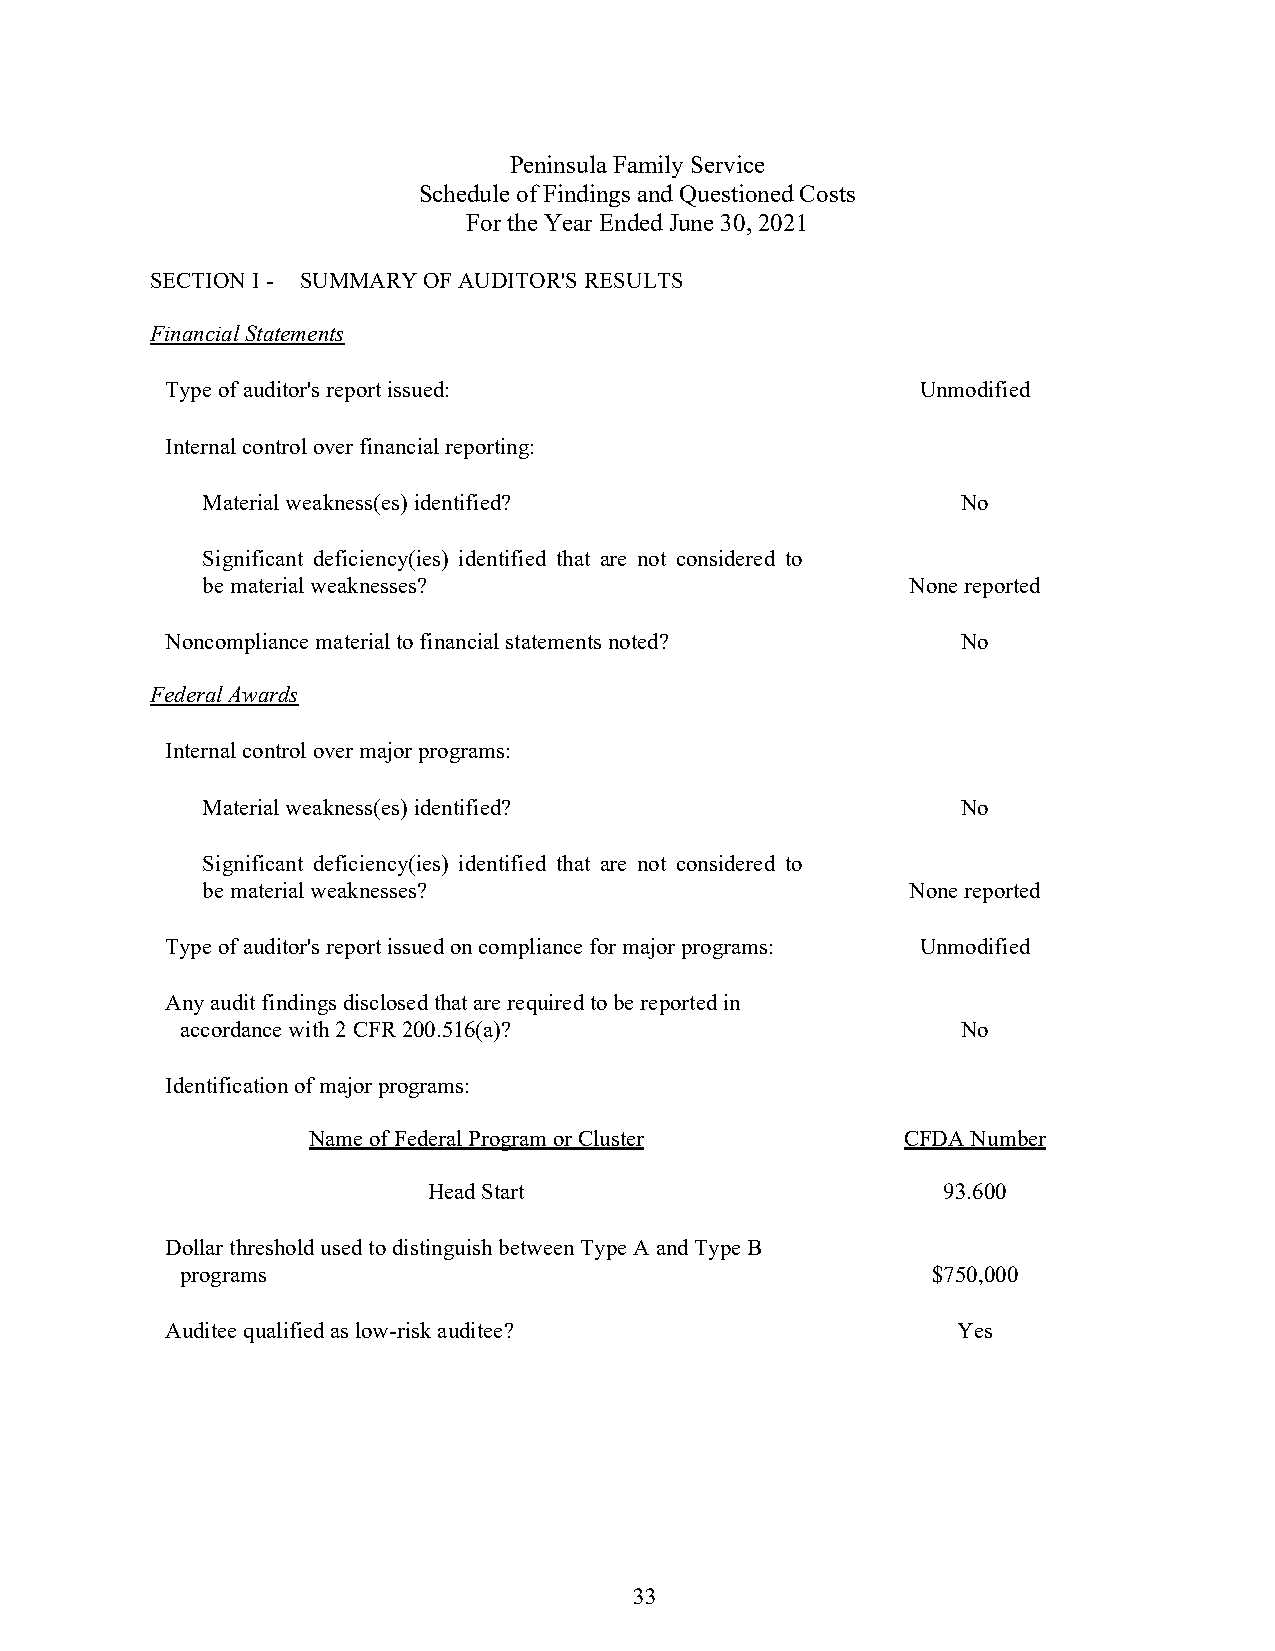
Peninsula Family Service
 Schedule of Findings and Questioned Costs
 For the Year Ended June 30, 2021
 SECTION I - SUMMARY OF AUDITOR'S RESULTS
 Financial Statements
 Type of auditor's report issued:                  Unmodified
 Internal control over financial reporting:
 Material weakness(es) identified?                  No
 Significant deficiency(ies) identified that are not considered to
 be material weaknesses?                        None reported
 Noncompliance material to financial statements noted? No
 Federal Awards
 Internal control over major programs:
 Material weakness(es) identified?                  No
 Significant deficiency(ies) identified that are not considered to
 be material weaknesses?                        None reported
 Type of auditor's report issued on compliance for major programs: Unmodified
 Any audit findings disclosed that are required to be reported in
 accordance with 2 CFR 200.516(a)?                   No
 Identification of major programs:
 Name of Federal Program or Cluster      CFDA Number
 Head Start                        93.600
 Dollar threshold used to distinguish between Type A and Type B
 programs                                          $750,000
 Auditee qualified as low-risk auditee?              Yes
 33